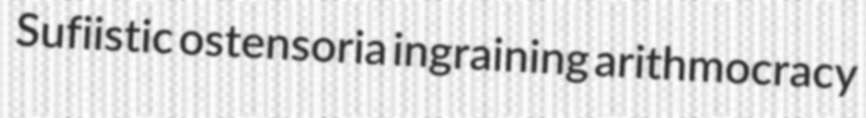
Sufiistic ostensoria ingraining arithmocracy